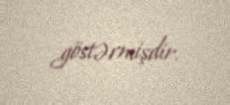
göstərmişdir.